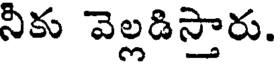
నీకు వెల్లడిస్తారు.